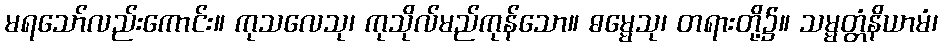
မရသော်လည်းကောင်း။ ကုသလေသု၊ ကုသိုလ်မည်ကုန်သော။ ဓမ္မေသု၊ တရားတို့၌။ သမ္မတ္တံနိယာမံ၊